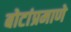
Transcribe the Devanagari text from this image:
बोटांप्रमाणे